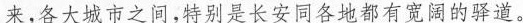
来，各大城市之间，特别是长安同各地都有宽阔的驿道。